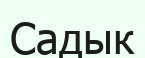
Садык